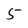
Character: 5